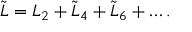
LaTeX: \tilde { \cal L } = { \cal L } _ { 2 } + \tilde { \cal L } _ { 4 } + \tilde { \cal L } _ { 6 } + \dots .